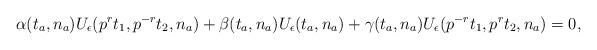
LaTeX: \begin{align*}\alpha(t_a,n_a)U_\epsilon(p^rt_1,p^{-r}t_2,n_a)+\beta(t_a,n_a)U_\epsilon(t_a,n_a)+\gamma(t_a,n_a)U_\epsilon(p^{-r}t_1,p^{r}t_2,n_a)=0,\end{align*}